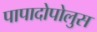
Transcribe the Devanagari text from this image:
पापादोपोलुस